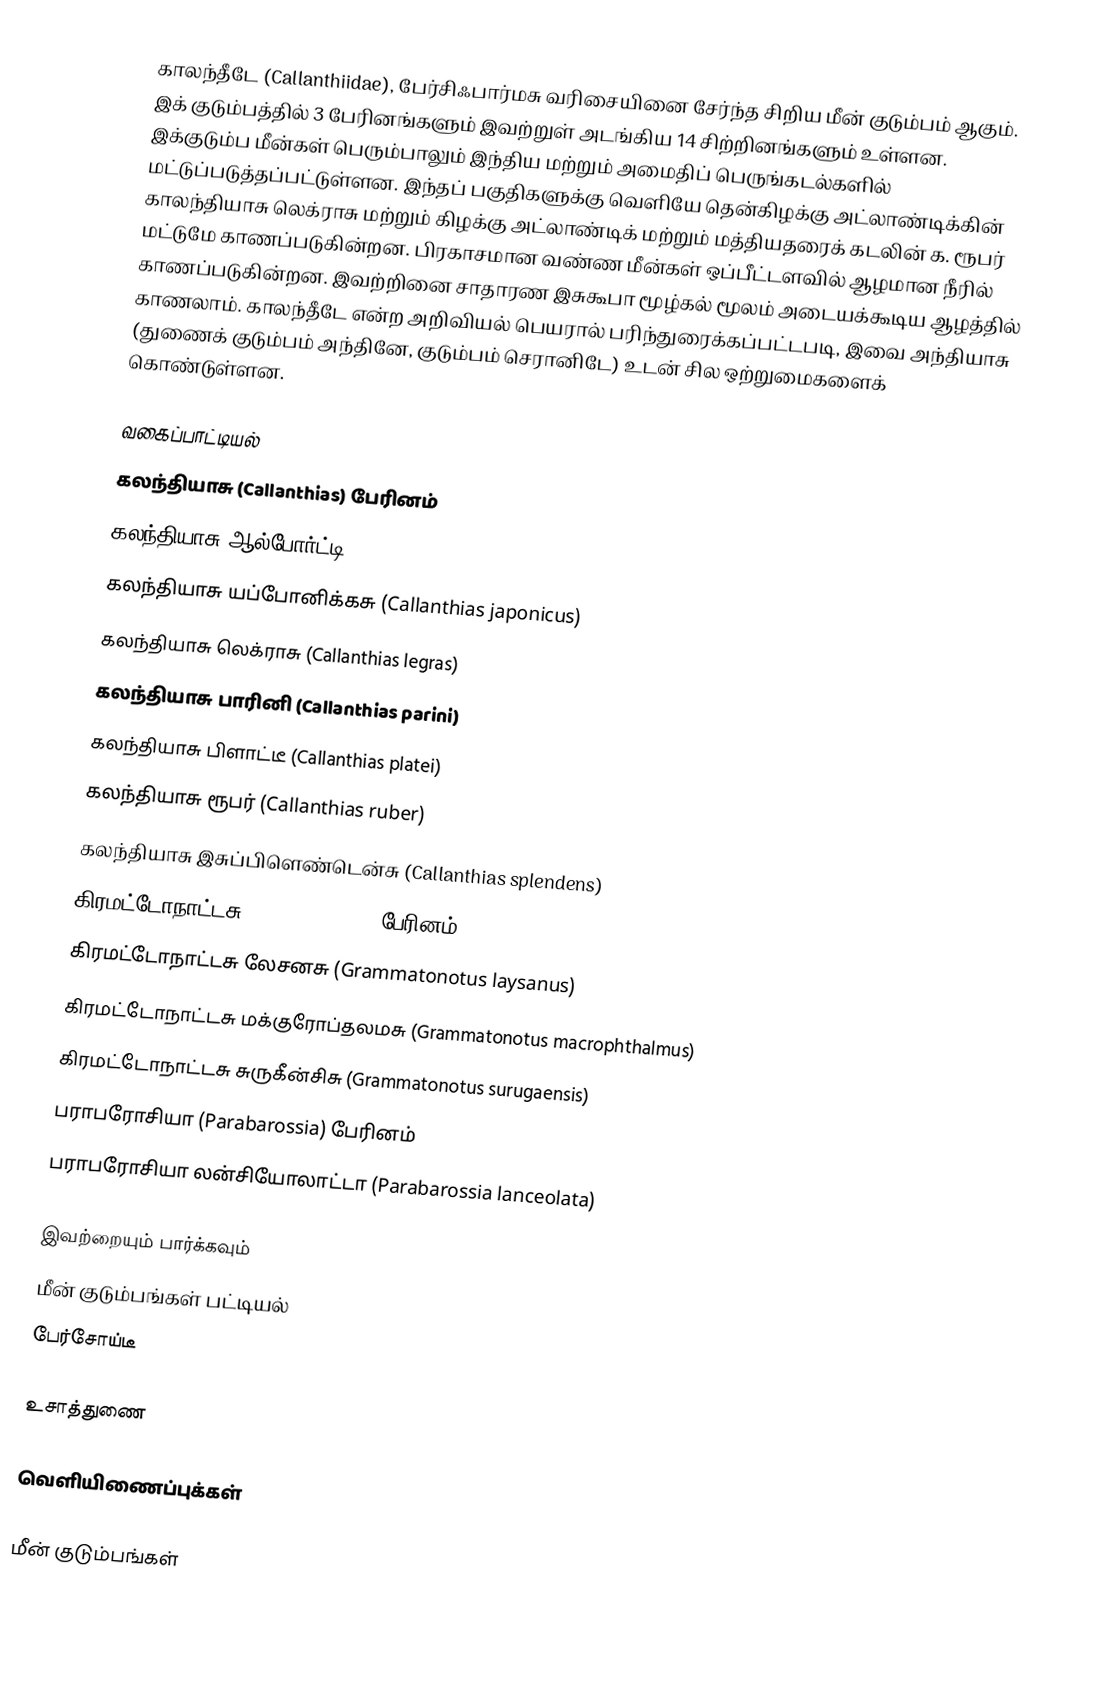
காலந்தீடே (Callanthiidae), பேர்சிஃபார்மசு வரிசையினை சேர்ந்த சிறிய மீன் குடும்பம் ஆகும். இக் குடும்பத்தில் 3 பேரினங்களும் இவற்றுள் அடங்கிய 14 சிற்றினங்களும் உள்ளன. இக்குடும்ப மீன்கள் பெரும்பாலும் இந்திய மற்றும் அமைதிப் பெருங்கடல்களில் மட்டுப்படுத்தப்பட்டுள்ளன. இந்தப் பகுதிகளுக்கு வெளியே தென்கிழக்கு அட்லாண்டிக்கின் காலந்தியாசு லெக்ராசு மற்றும் கிழக்கு அட்லாண்டிக் மற்றும் மத்தியதரைக் கடலின் க. ரூபர் மட்டுமே காணப்படுகின்றன. பிரகாசமான வண்ண மீன்கள் ஒப்பீட்டளவில் ஆழமான நீரில் காணப்படுகின்றன. இவற்றினை சாதாரண இசுகூபா மூழ்கல் மூலம் அடையக்கூடிய ஆழத்தில் காணலாம். காலந்தீடே என்ற அறிவியல் பெயரால் பரிந்துரைக்கப்பட்டபடி, இவை அந்தியாசு (துணைக் குடும்பம் அந்தினே, குடும்பம் செரானிடே) உடன் சில ஒற்றுமைகளைக் கொண்டுள்ளன.

வகைப்பாட்டியல்
 கலந்தியாசு (Callanthias) பேரினம்
 கலந்தியாசு ஆல்போர்ட்டி (Callanthias allporti)
 கலந்தியாசு யப்போனிக்கசு (Callanthias japonicus)
 கலந்தியாசு லெக்ராசு (Callanthias legras)
 கலந்தியாசு பாரினி (Callanthias parini)
 கலந்தியாசு பிளாட்டீ (Callanthias platei)
 கலந்தியாசு ரூபர் (Callanthias ruber)
 கலந்தியாசு இசுப்பிளெண்டென்சு (Callanthias splendens)
 கிரமட்டோநாட்டசு (Grammatonotus) பேரினம்
 கிரமட்டோநாட்டசு லேசனசு (Grammatonotus laysanus)
 கிரமட்டோநாட்டசு மக்குரோப்தலமசு (Grammatonotus macrophthalmus)
 கிரமட்டோநாட்டசு சுருகீன்சிசு (Grammatonotus surugaensis)
 பராபரோசியா (Parabarossia) பேரினம்
 பராபரோசியா லன்சியோலாட்டா (Parabarossia lanceolata)

இவற்றையும் பார்க்கவும்
 மீன் குடும்பங்கள் பட்டியல்
 பேர்சோய்டீ

உசாத்துணை

வெளியிணைப்புக்கள்

மீன் குடும்பங்கள்